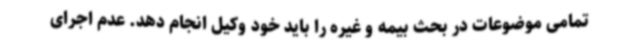
تمامی موضوعات در بحث بیمه و غیره را باید خود وکیل انجام دهد. عدم اجرای